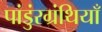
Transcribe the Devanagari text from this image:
पांडुंरग्रंथियाँ